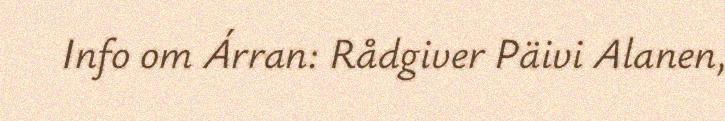
Info om Árran: Rådgiver Päivi Alanen,